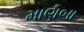
માણબા